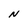
Character: N